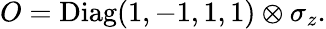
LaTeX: O=\mathrm{Diag}(1,-1,1,1)\otimes\sigma_{z}.